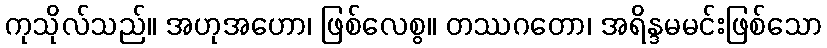
ကုသိုလ်သည်။ အဟုအဟော၊ ဖြစ်လေစွ။ တဿဂတော၊ အရိန္ဒမမင်းဖြစ်သော